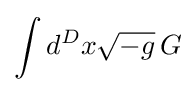
\int d^{D}x{\sqrt {-g}}\,G